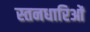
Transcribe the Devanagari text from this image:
स्तनधारिओं